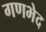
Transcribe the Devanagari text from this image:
गणभेद